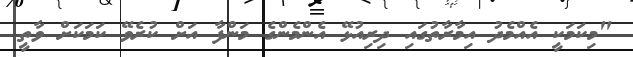
"މިކަމަކީ އެއްމެދު އިމާރާތުގައި ދިރިއުޅޭ އެންމެންގެ މަންފާ އަށް ކުރެވޭ ކަމަކަށް ވާތީ